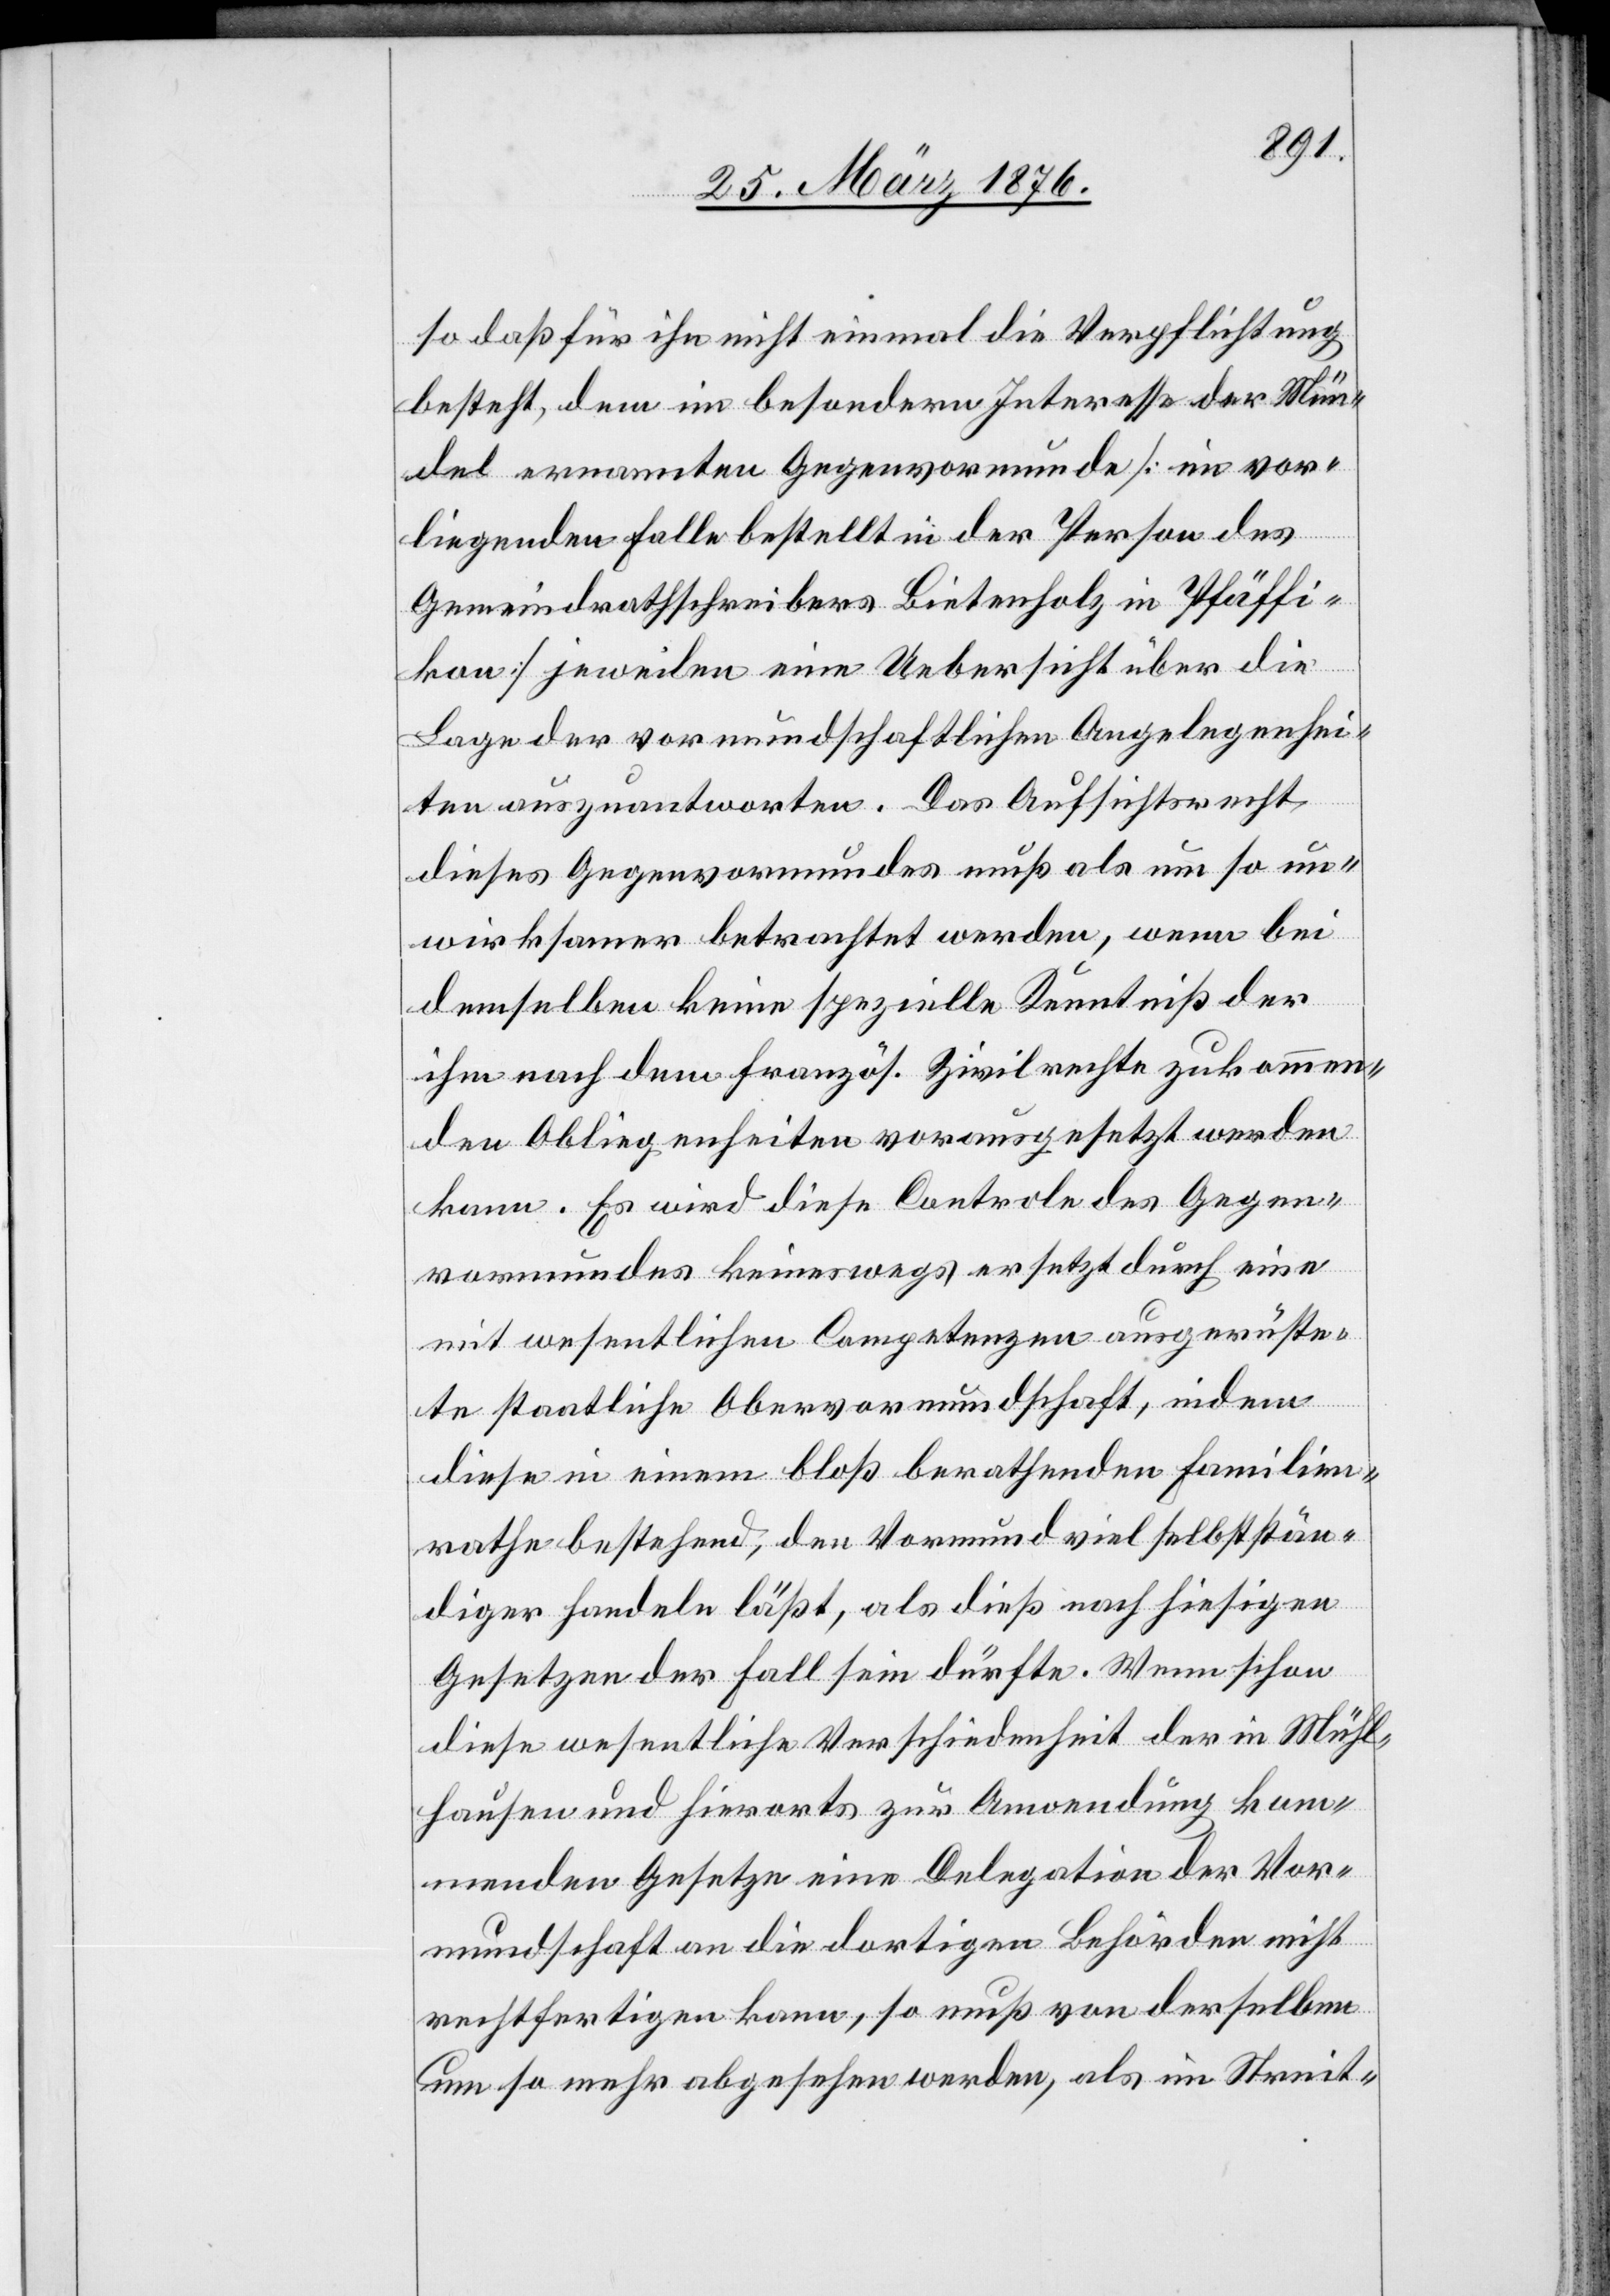
so daß für ihn nicht einmal die Verpflichtung
besteht, dem im besondern Interesse der Mün¬
del ernannten Gegenvormunde [im vor¬
liegenden Falle bestellt in der Person des
Gemeindrathsschreibers Bietenholz in Pfäffi¬
kon] jeweilen eine Uebersicht über die
Lage der vormundschaftlichen Angelegenhei¬
ten auszuantworten. Das Aufsichtsrecht,
dieses Gegenvormundes muß als um so un¬
wirksamer betrachtet werden, wenn bei
demselben keine spezielle Kenntniß der
ihm nach dem französ. Zivilrechte zukommen¬
den Obliegenheiten vorausgesetzt werden
kann. Es wird diese Controle des Gegen¬
vormundes keineswegs ersetzt durch eine
mit wesentlichen Competenzen ausgerüste¬
te staatliche Obervormundschaft, indem
diese in einem bloß berathenden Familien¬
rathe bestehend, den Vormund viel selbststän¬
diger handeln läßt, als dieß nach hiesigen
Gesetzen der Fall sein dürfte. Wenn schon
diese wesentliche Verschiedenheit der in Mühl¬
hausen und hierorts zur Anwendung kom¬
menden Gesetze eine Delegation der Vor¬
mundschaft an die dortigen Behörden nicht
rechtfertigen kann, so muß von derselben
um so mehr abgesehen werden, als im Streit-